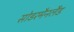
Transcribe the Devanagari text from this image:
सोडरमैनलैंड